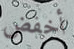
أخفض